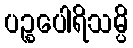
ပဉ္စပေါရိသမ္ပိ